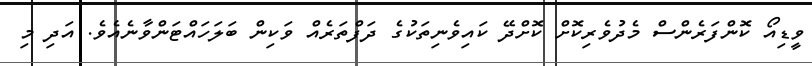
ވީޑިއޯ ކޮންފަރެންސް މެދުވެރިކޮށް ކޮށްދޭ ކައިވެނިތަކުގެ ދަފްތަރެއް ވަކިން ބަލަހައްޓަންވާނެއެވެ. އަދި މި